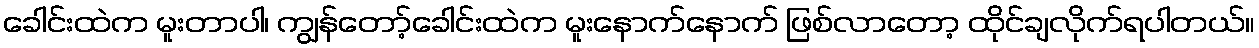
ခေါင်းထဲက မူးတာပါ၊ ကျွန်တော့်ခေါင်းထဲက မူးနောက်နောက် ဖြစ်လာတော့ ထိုင်ချလိုက်ရပါတယ်။